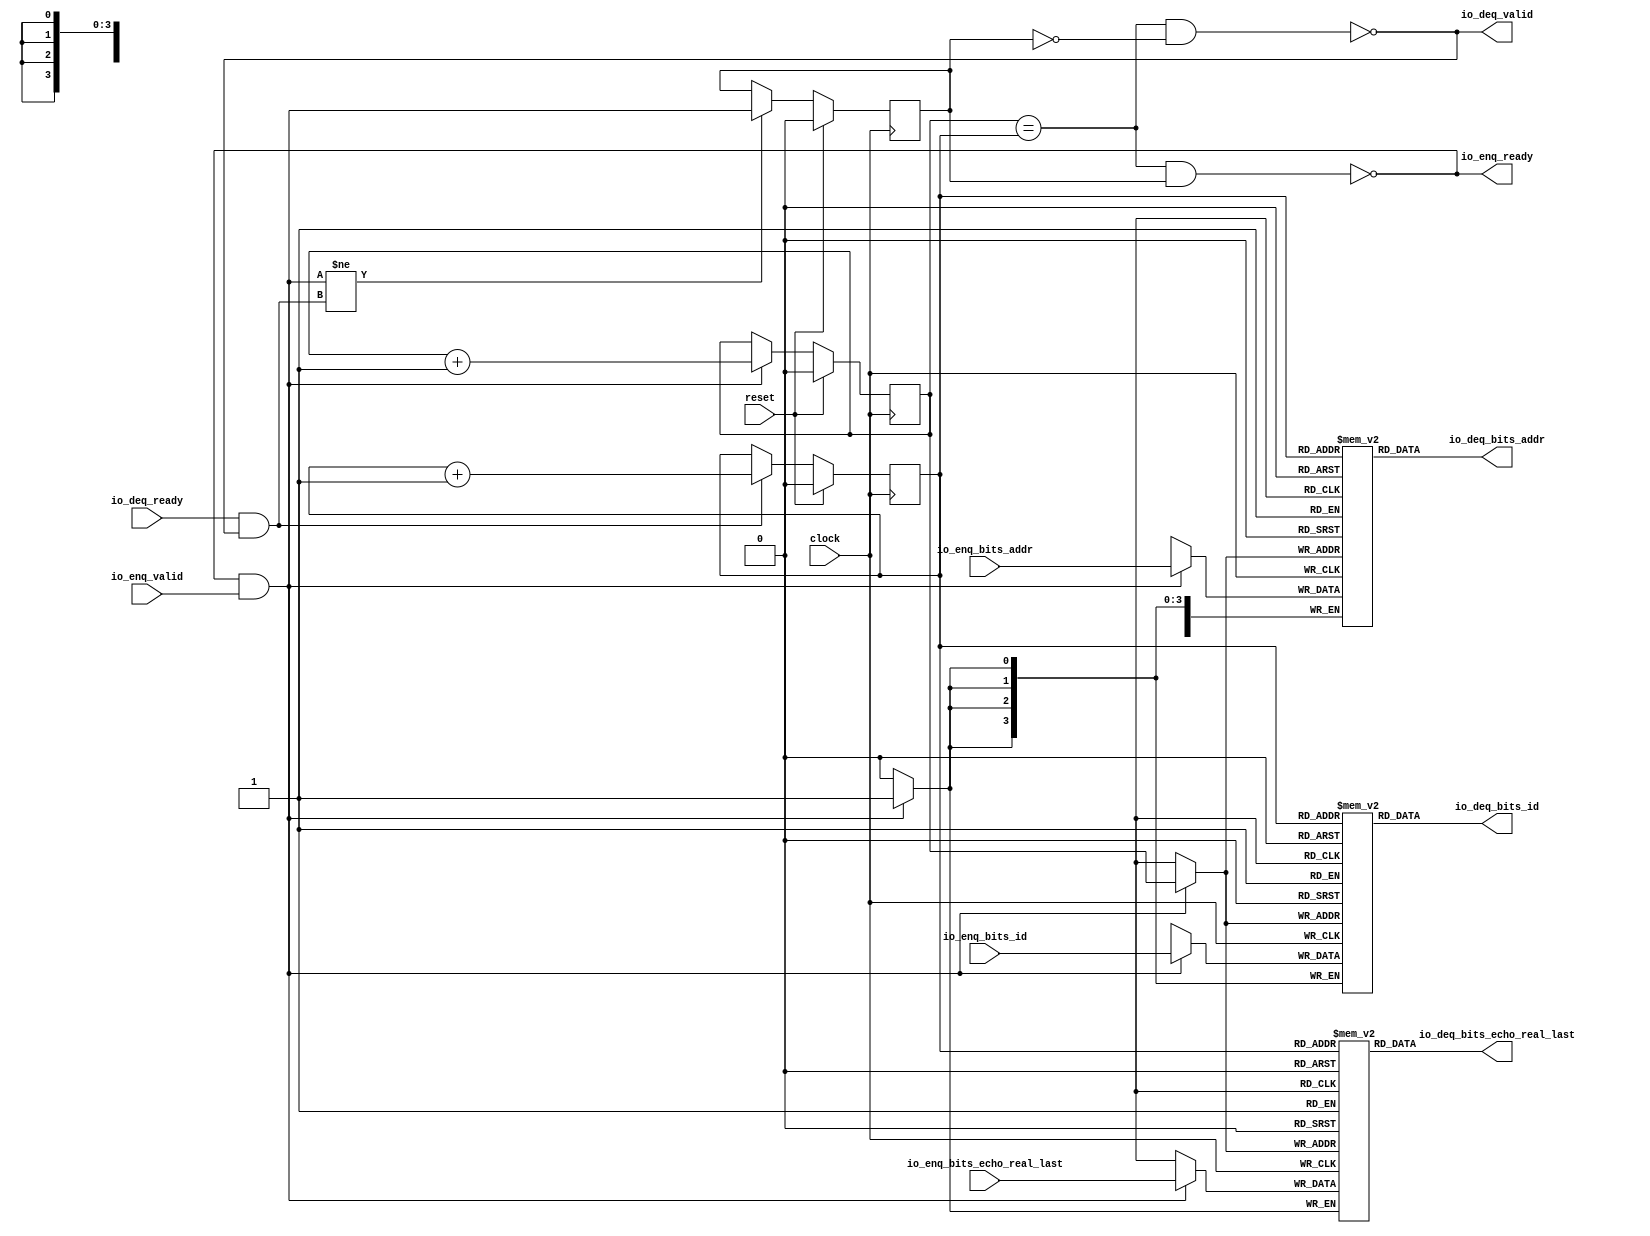
module Queue_46( // @[:freechips.rocketchip.system.DefaultRV32Config.fir@231018.2]
  input         clock, // @[:freechips.rocketchip.system.DefaultRV32Config.fir@231019.4]
  input         reset, // @[:freechips.rocketchip.system.DefaultRV32Config.fir@231020.4]
  output        io_enq_ready, // @[:freechips.rocketchip.system.DefaultRV32Config.fir@231021.4]
  input         io_enq_valid, // @[:freechips.rocketchip.system.DefaultRV32Config.fir@231021.4]
  input  [3:0]  io_enq_bits_id, // @[:freechips.rocketchip.system.DefaultRV32Config.fir@231021.4]
  input  [11:0] io_enq_bits_addr, // @[:freechips.rocketchip.system.DefaultRV32Config.fir@231021.4]
  input         io_enq_bits_echo_real_last, // @[:freechips.rocketchip.system.DefaultRV32Config.fir@231021.4]
  input         io_deq_ready, // @[:freechips.rocketchip.system.DefaultRV32Config.fir@231021.4]
  output        io_deq_valid, // @[:freechips.rocketchip.system.DefaultRV32Config.fir@231021.4]
  output [3:0]  io_deq_bits_id, // @[:freechips.rocketchip.system.DefaultRV32Config.fir@231021.4]
  output [11:0] io_deq_bits_addr, // @[:freechips.rocketchip.system.DefaultRV32Config.fir@231021.4]
  output        io_deq_bits_echo_real_last // @[:freechips.rocketchip.system.DefaultRV32Config.fir@231021.4]
);
`ifdef RANDOMIZE_MEM_INIT
  reg [31:0] _RAND_0;
  reg [31:0] _RAND_1;
  reg [31:0] _RAND_2;
`endif // RANDOMIZE_MEM_INIT
`ifdef RANDOMIZE_REG_INIT
  reg [31:0] _RAND_3;
  reg [31:0] _RAND_4;
  reg [31:0] _RAND_5;
`endif // RANDOMIZE_REG_INIT
  reg [3:0] ram_id [0:1]; // @[Decoupled.scala 209:16:freechips.rocketchip.system.DefaultRV32Config.fir@231023.4]
  wire [3:0] ram_id__T_15_data; // @[Decoupled.scala 209:16:freechips.rocketchip.system.DefaultRV32Config.fir@231023.4]
  wire  ram_id__T_15_addr; // @[Decoupled.scala 209:16:freechips.rocketchip.system.DefaultRV32Config.fir@231023.4]
  wire [3:0] ram_id__T_5_data; // @[Decoupled.scala 209:16:freechips.rocketchip.system.DefaultRV32Config.fir@231023.4]
  wire  ram_id__T_5_addr; // @[Decoupled.scala 209:16:freechips.rocketchip.system.DefaultRV32Config.fir@231023.4]
  wire  ram_id__T_5_mask; // @[Decoupled.scala 209:16:freechips.rocketchip.system.DefaultRV32Config.fir@231023.4]
  wire  ram_id__T_5_en; // @[Decoupled.scala 209:16:freechips.rocketchip.system.DefaultRV32Config.fir@231023.4]
  reg [11:0] ram_addr [0:1]; // @[Decoupled.scala 209:16:freechips.rocketchip.system.DefaultRV32Config.fir@231023.4]
  wire [11:0] ram_addr__T_15_data; // @[Decoupled.scala 209:16:freechips.rocketchip.system.DefaultRV32Config.fir@231023.4]
  wire  ram_addr__T_15_addr; // @[Decoupled.scala 209:16:freechips.rocketchip.system.DefaultRV32Config.fir@231023.4]
  wire [11:0] ram_addr__T_5_data; // @[Decoupled.scala 209:16:freechips.rocketchip.system.DefaultRV32Config.fir@231023.4]
  wire  ram_addr__T_5_addr; // @[Decoupled.scala 209:16:freechips.rocketchip.system.DefaultRV32Config.fir@231023.4]
  wire  ram_addr__T_5_mask; // @[Decoupled.scala 209:16:freechips.rocketchip.system.DefaultRV32Config.fir@231023.4]
  wire  ram_addr__T_5_en; // @[Decoupled.scala 209:16:freechips.rocketchip.system.DefaultRV32Config.fir@231023.4]
  reg  ram_echo_real_last [0:1]; // @[Decoupled.scala 209:16:freechips.rocketchip.system.DefaultRV32Config.fir@231023.4]
  wire  ram_echo_real_last__T_15_data; // @[Decoupled.scala 209:16:freechips.rocketchip.system.DefaultRV32Config.fir@231023.4]
  wire  ram_echo_real_last__T_15_addr; // @[Decoupled.scala 209:16:freechips.rocketchip.system.DefaultRV32Config.fir@231023.4]
  wire  ram_echo_real_last__T_5_data; // @[Decoupled.scala 209:16:freechips.rocketchip.system.DefaultRV32Config.fir@231023.4]
  wire  ram_echo_real_last__T_5_addr; // @[Decoupled.scala 209:16:freechips.rocketchip.system.DefaultRV32Config.fir@231023.4]
  wire  ram_echo_real_last__T_5_mask; // @[Decoupled.scala 209:16:freechips.rocketchip.system.DefaultRV32Config.fir@231023.4]
  wire  ram_echo_real_last__T_5_en; // @[Decoupled.scala 209:16:freechips.rocketchip.system.DefaultRV32Config.fir@231023.4]
  reg  _T; // @[Counter.scala 29:33:freechips.rocketchip.system.DefaultRV32Config.fir@231024.4]
  reg  _T_1; // @[Counter.scala 29:33:freechips.rocketchip.system.DefaultRV32Config.fir@231025.4]
  reg  maybe_full; // @[Decoupled.scala 212:27:freechips.rocketchip.system.DefaultRV32Config.fir@231026.4]
  wire  ptr_match; // @[Decoupled.scala 214:33:freechips.rocketchip.system.DefaultRV32Config.fir@231027.4]
  wire  _T_2; // @[Decoupled.scala 215:28:freechips.rocketchip.system.DefaultRV32Config.fir@231028.4]
  wire  empty; // @[Decoupled.scala 215:25:freechips.rocketchip.system.DefaultRV32Config.fir@231029.4]
  wire  full; // @[Decoupled.scala 216:24:freechips.rocketchip.system.DefaultRV32Config.fir@231030.4]
  wire  do_enq; // @[Decoupled.scala 40:37:freechips.rocketchip.system.DefaultRV32Config.fir@231031.4]
  wire  do_deq; // @[Decoupled.scala 40:37:freechips.rocketchip.system.DefaultRV32Config.fir@231034.4]
  wire  _T_8; // @[Counter.scala 39:22:freechips.rocketchip.system.DefaultRV32Config.fir@231051.6]
  wire  _T_11; // @[Counter.scala 39:22:freechips.rocketchip.system.DefaultRV32Config.fir@231057.6]
  wire  _T_12; // @[Decoupled.scala 227:16:freechips.rocketchip.system.DefaultRV32Config.fir@231060.4]
  assign ram_id__T_15_addr = _T_1;
  assign ram_id__T_15_data = ram_id[ram_id__T_15_addr]; // @[Decoupled.scala 209:16:freechips.rocketchip.system.DefaultRV32Config.fir@231023.4]
  assign ram_id__T_5_data = io_enq_bits_id;
  assign ram_id__T_5_addr = _T;
  assign ram_id__T_5_mask = 1'h1;
  assign ram_id__T_5_en = io_enq_ready & io_enq_valid;
  assign ram_addr__T_15_addr = _T_1;
  assign ram_addr__T_15_data = ram_addr[ram_addr__T_15_addr]; // @[Decoupled.scala 209:16:freechips.rocketchip.system.DefaultRV32Config.fir@231023.4]
  assign ram_addr__T_5_data = io_enq_bits_addr;
  assign ram_addr__T_5_addr = _T;
  assign ram_addr__T_5_mask = 1'h1;
  assign ram_addr__T_5_en = io_enq_ready & io_enq_valid;
  assign ram_echo_real_last__T_15_addr = _T_1;
  assign ram_echo_real_last__T_15_data = ram_echo_real_last[ram_echo_real_last__T_15_addr]; // @[Decoupled.scala 209:16:freechips.rocketchip.system.DefaultRV32Config.fir@231023.4]
  assign ram_echo_real_last__T_5_data = io_enq_bits_echo_real_last;
  assign ram_echo_real_last__T_5_addr = _T;
  assign ram_echo_real_last__T_5_mask = 1'h1;
  assign ram_echo_real_last__T_5_en = io_enq_ready & io_enq_valid;
  assign ptr_match = _T == _T_1; // @[Decoupled.scala 214:33:freechips.rocketchip.system.DefaultRV32Config.fir@231027.4]
  assign _T_2 = ~maybe_full; // @[Decoupled.scala 215:28:freechips.rocketchip.system.DefaultRV32Config.fir@231028.4]
  assign empty = ptr_match & _T_2; // @[Decoupled.scala 215:25:freechips.rocketchip.system.DefaultRV32Config.fir@231029.4]
  assign full = ptr_match & maybe_full; // @[Decoupled.scala 216:24:freechips.rocketchip.system.DefaultRV32Config.fir@231030.4]
  assign do_enq = io_enq_ready & io_enq_valid; // @[Decoupled.scala 40:37:freechips.rocketchip.system.DefaultRV32Config.fir@231031.4]
  assign do_deq = io_deq_ready & io_deq_valid; // @[Decoupled.scala 40:37:freechips.rocketchip.system.DefaultRV32Config.fir@231034.4]
  assign _T_8 = _T + 1'h1; // @[Counter.scala 39:22:freechips.rocketchip.system.DefaultRV32Config.fir@231051.6]
  assign _T_11 = _T_1 + 1'h1; // @[Counter.scala 39:22:freechips.rocketchip.system.DefaultRV32Config.fir@231057.6]
  assign _T_12 = do_enq != do_deq; // @[Decoupled.scala 227:16:freechips.rocketchip.system.DefaultRV32Config.fir@231060.4]
  assign io_enq_ready = ~full; // @[Decoupled.scala 232:16:freechips.rocketchip.system.DefaultRV32Config.fir@231067.4]
  assign io_deq_valid = ~empty; // @[Decoupled.scala 231:16:freechips.rocketchip.system.DefaultRV32Config.fir@231065.4]
  assign io_deq_bits_id = ram_id__T_15_data; // @[Decoupled.scala 233:15:freechips.rocketchip.system.DefaultRV32Config.fir@231078.4]
  assign io_deq_bits_addr = ram_addr__T_15_data; // @[Decoupled.scala 233:15:freechips.rocketchip.system.DefaultRV32Config.fir@231077.4]
  assign io_deq_bits_echo_real_last = ram_echo_real_last__T_15_data; // @[Decoupled.scala 233:15:freechips.rocketchip.system.DefaultRV32Config.fir@231069.4]
`ifdef RANDOMIZE_GARBAGE_ASSIGN
`define RANDOMIZE
`endif
`ifdef RANDOMIZE_INVALID_ASSIGN
`define RANDOMIZE
`endif
`ifdef RANDOMIZE_REG_INIT
`define RANDOMIZE
`endif
`ifdef RANDOMIZE_MEM_INIT
`define RANDOMIZE
`endif
`ifndef RANDOM
`define RANDOM $random
`endif
`ifdef RANDOMIZE_MEM_INIT
  integer initvar;
`endif
`ifndef SYNTHESIS
`ifdef FIRRTL_BEFORE_INITIAL
`FIRRTL_BEFORE_INITIAL
`endif
initial begin
  `ifdef RANDOMIZE
    `ifdef INIT_RANDOM
      `INIT_RANDOM
    `endif
    `ifndef VERILATOR
      `ifdef RANDOMIZE_DELAY
        #`RANDOMIZE_DELAY begin end
      `else
        #0.002 begin end
      `endif
    `endif
`ifdef RANDOMIZE_MEM_INIT
  _RAND_0 = {1{`RANDOM}};
  for (initvar = 0; initvar < 2; initvar = initvar+1)
    ram_id[initvar] = _RAND_0[3:0];
  _RAND_1 = {1{`RANDOM}};
  for (initvar = 0; initvar < 2; initvar = initvar+1)
    ram_addr[initvar] = _RAND_1[11:0];
  _RAND_2 = {1{`RANDOM}};
  for (initvar = 0; initvar < 2; initvar = initvar+1)
    ram_echo_real_last[initvar] = _RAND_2[0:0];
`endif // RANDOMIZE_MEM_INIT
`ifdef RANDOMIZE_REG_INIT
  _RAND_3 = {1{`RANDOM}};
  _T = _RAND_3[0:0];
  _RAND_4 = {1{`RANDOM}};
  _T_1 = _RAND_4[0:0];
  _RAND_5 = {1{`RANDOM}};
  maybe_full = _RAND_5[0:0];
`endif // RANDOMIZE_REG_INIT
  `endif // RANDOMIZE
end // initial
`ifdef FIRRTL_AFTER_INITIAL
`FIRRTL_AFTER_INITIAL
`endif
`endif // SYNTHESIS
  always @(posedge clock) begin
    if(ram_id__T_5_en & ram_id__T_5_mask) begin
      ram_id[ram_id__T_5_addr] <= ram_id__T_5_data; // @[Decoupled.scala 209:16:freechips.rocketchip.system.DefaultRV32Config.fir@231023.4]
    end
    if(ram_addr__T_5_en & ram_addr__T_5_mask) begin
      ram_addr[ram_addr__T_5_addr] <= ram_addr__T_5_data; // @[Decoupled.scala 209:16:freechips.rocketchip.system.DefaultRV32Config.fir@231023.4]
    end
    if(ram_echo_real_last__T_5_en & ram_echo_real_last__T_5_mask) begin
      ram_echo_real_last[ram_echo_real_last__T_5_addr] <= ram_echo_real_last__T_5_data; // @[Decoupled.scala 209:16:freechips.rocketchip.system.DefaultRV32Config.fir@231023.4]
    end
    if (reset) begin
      _T <= 1'h0;
    end else if (do_enq) begin
      _T <= _T_8;
    end
    if (reset) begin
      _T_1 <= 1'h0;
    end else if (do_deq) begin
      _T_1 <= _T_11;
    end
    if (reset) begin
      maybe_full <= 1'h0;
    end else if (_T_12) begin
      maybe_full <= do_enq;
    end
  end
endmodule